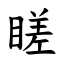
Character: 䁟